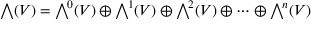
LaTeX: { \textstyle \bigwedge } ( V ) = { \textstyle \bigwedge } ^ { \! 0 } ( V ) \oplus { \textstyle \bigwedge } ^ { \! 1 } ( V ) \oplus { \textstyle \bigwedge } ^ { \! 2 } ( V ) \oplus \cdots \oplus { \textstyle \bigwedge } ^ { \! n } ( V )